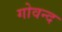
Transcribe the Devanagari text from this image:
गोवन्द